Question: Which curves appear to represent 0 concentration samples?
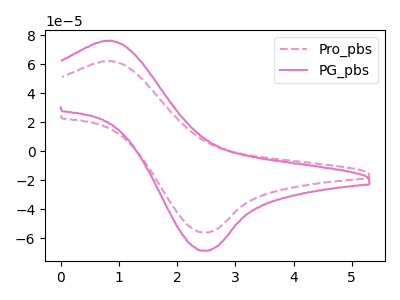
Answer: <think>The pink dashed curve "Pro_pbs" has an anodic peak at (0.90V, 62.10uA) and a cathodic peak at (2.45V, -56.00uA). The pink curve "PG_pbs" has an anodic peak at (0.90V, 76.05uA) and a cathodic peak at (2.45V, -68.60uA).</think>
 <answer>There are not any CV's on this graph that are likely to be blanks.</answer>
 <eval>none</eval>